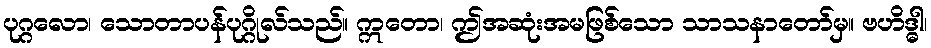
ပုဂ္ဂလော၊ သောတာပန်ပုဂ္ဂိုလ်သည်။ ဣတော၊ ဤအဆုံးအမဖြစ်သော သာသနာတော်မှ။ ဗဟိဒ္ဓါ၊